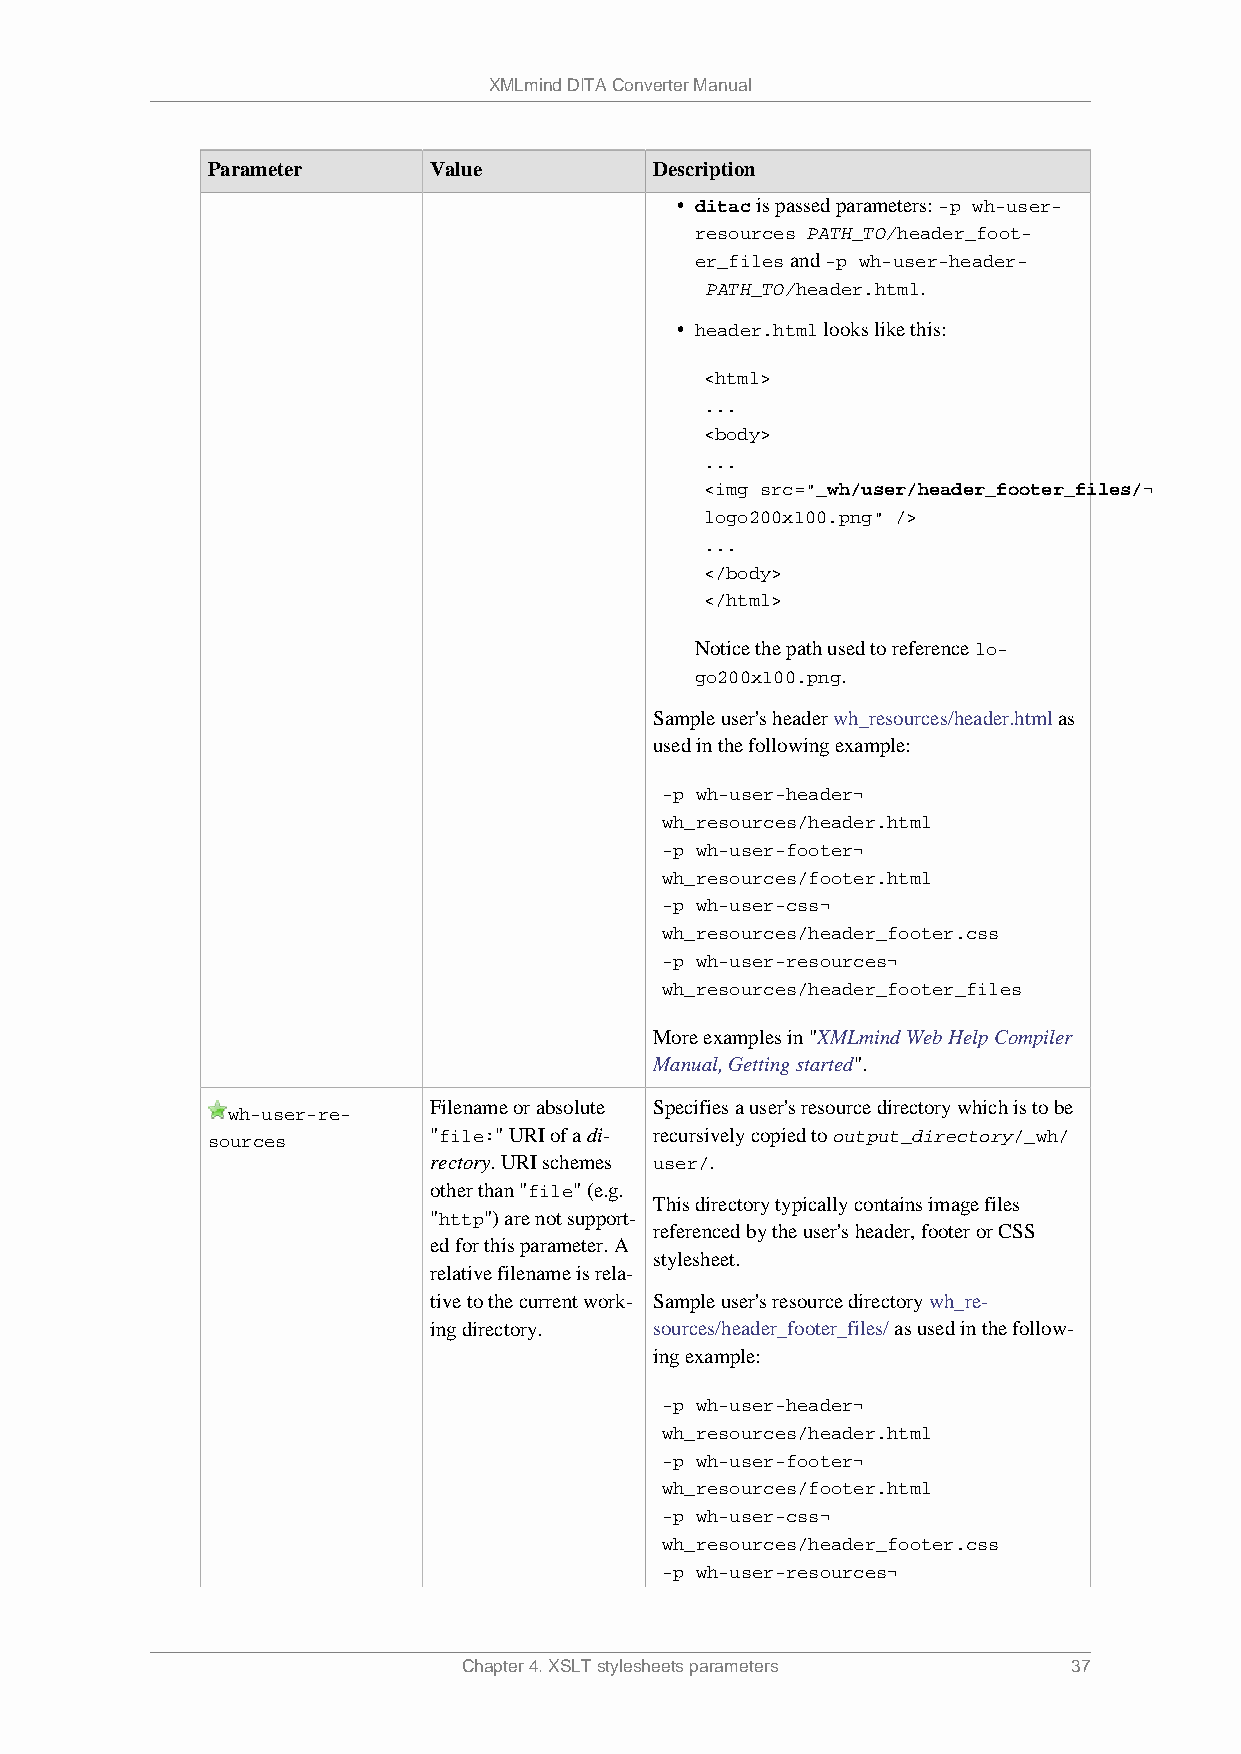
XMLmind DITA Converter Manual
 Parameter     Value          Description
 • ditac is passed parameters: -p wh-user-
 resources PATH_TO/header_foot-
 er_files and -p wh-user-header-
 PATH_TO/header.html.
 • header.html looks like this:
 <html>
 ...
 <body>
 ...
 <img src="_wh/user/header_footer_files/¬
 logo200x100.png" />
 ...
 </body>
 </html>
 Notice the path used to reference lo-
 go200x100.png.
 Sample user's header wh_resources/header.html as
 used in the following example:
 -p wh-user-header¬
 wh_resources/header.html
 -p wh-user-footer¬
 wh_resources/footer.html
 -p wh-user-css¬
 wh_resources/header_footer.css
 -p wh-user-resources¬
 wh_resources/header_footer_files
 More examples in "XMLmind Web Help Compiler
 Manual, Getting started".
 Filename or absolute Specifies a user's resource directory which is to be
 wh-user-re-
 sources       "file:" URI of a di- recursively copied to output_directory/_wh/
 rectory. URI schemes user/.
 other than "file" (e.g.
 This directory typically contains image files
 "http") are not support-
 referenced by the user's header, footer or CSS
 ed for this parameter. A
 stylesheet.
 relative filename is rela-
 tive to the current work- Sample user's resource directory wh_re-
 ing directory. sources/header_footer_files/ as used in the follow-
 ing example:
 -p wh-user-header¬
 wh_resources/header.html
 -p wh-user-footer¬
 wh_resources/footer.html
 -p wh-user-css¬
 wh_resources/header_footer.css
 -p wh-user-resources¬
 Chapter 4. XSLT stylesheets parameters  37